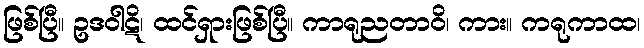
ဖြစ်ပြီ။ ဥဒဝါဋိ၊ ထင်ရှားဖြစ်ပြီ။ ကာရုညတာဝိ၊ ကား။ ကရုကာထ၊